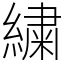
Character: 繍